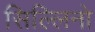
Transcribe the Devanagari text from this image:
सिल्लिनो